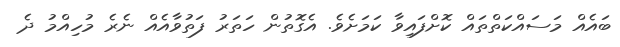
ބައެއް މަސައްކަތްތައް ކޮށްފައިވާ ކަމަށެެވެ. އެގޮތުން ހަތަރު ފަތުވާއެއް ނެރެ މުހިއްމު ދެ